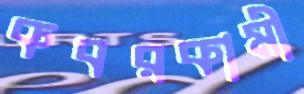
কবরকামী